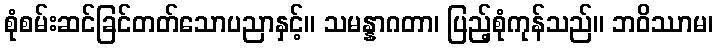
စုံစမ်းဆင်ခြင်တတ်သောပညာနှင့်။ သမန္နာဂတာ၊ ပြည့်စုံကုန်သည်။ ဘဝိဿာမ၊